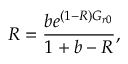
R = \frac { b e ^ { ( 1 - R ) G _ { r 0 } } } { 1 + b - R } ,